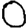
Digit: 0